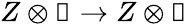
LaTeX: Z\otimes\mathbb{1}\to Z\otimes\mathbb{1}